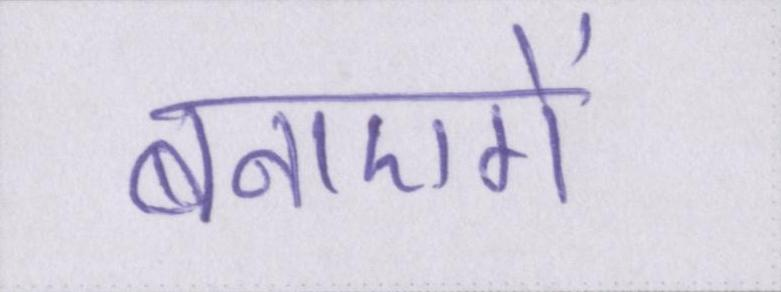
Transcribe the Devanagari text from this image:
बनाएगें